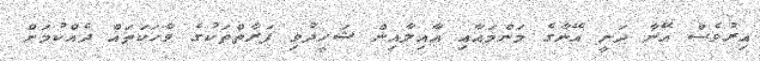
އިރުވެސް އޭނާ ދަނީ އޭނާގެ މަންމައާއި އާއިލާއިން ޝަހީދުވި ފަރާތްތަކުގެ ވާހަކަތައް ދެއްކުމަށް